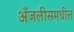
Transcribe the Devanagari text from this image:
अँजलीसमधील